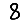
Digit: 8